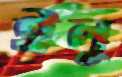
ইলু